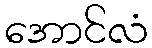
အောင်လံ